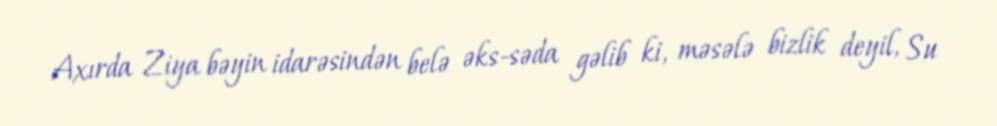
Axırda Ziya bəyin idarəsindən belə əks-səda gəlib ki, məsələ bizlik deyil, Su